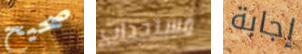
صحيح مستجدات إجابة